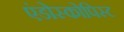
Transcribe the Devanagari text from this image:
एंडोस्कोपिस्ट